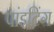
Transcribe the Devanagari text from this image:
पांइटिंग